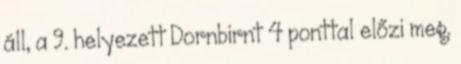
áll, a 9. helyezett Dornbirnt 4 ponttal előzi meg.